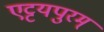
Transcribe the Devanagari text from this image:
एट्टयपुरम्